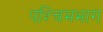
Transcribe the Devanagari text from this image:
पश्‍चिमभाग